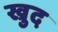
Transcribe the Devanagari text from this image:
ख्रुद